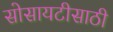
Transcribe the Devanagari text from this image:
सोसायटीसाठी